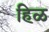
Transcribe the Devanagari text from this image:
हिळ